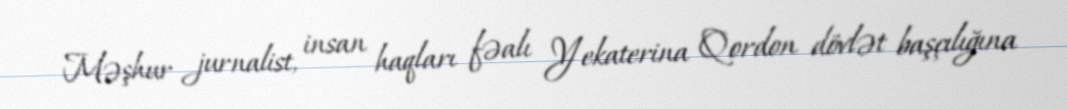
Məşhur jurnalist, insan haqları fəalı Yekaterina Qordon dövlət başçılığına